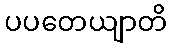
ပပတေယျာတိ